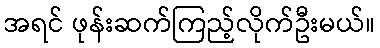
အရင် ဖုန်းဆက်ကြည့်လိုက်ဦးမယ်။